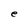
Character: e